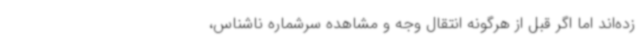
زده‌اند اما اگر قبل از هرگونه انتقال وجه و مشاهده سرشماره ناشناس،